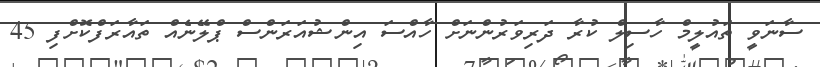
ސާނަވީ ތައުލީމް ހާސިލް ކުރާ ދަރިވަރުންނަށް ހާއްސަ އިންޝުއަރަންސް ޕްލޭނެއް ތައާރަފްކޮށްފި 45